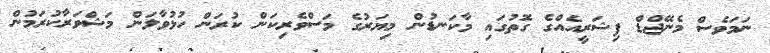
ނަމަވެސް މެނޭޖްޑް ފިޝަރީއެއްގެ ގޮތުގައި މާކަނޑުން މިޔަރުގެ މަސްވެރިކަން ކުރަން ހުޅުވާލަން މަޝްވަރާކުރަމުން